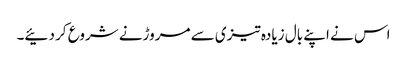
اس نے اپنے بال زیادہ تیزی سے مروڑنے شروع کر دئیے۔